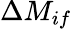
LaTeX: \Delta M_{if}